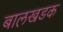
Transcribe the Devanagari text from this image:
बालखडक